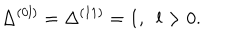
LaTeX: \Delta ^ { ( 0 l ) } = \Delta ^ { ( 1 1 ) } = 1 , ~ ~ l > 0 .